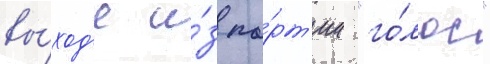
вы́ход'е и́з па́рт'ии "го́лос"